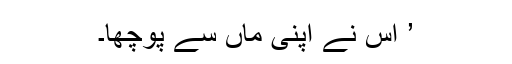
’ اس نے اپنی ماں سے پوچھا۔